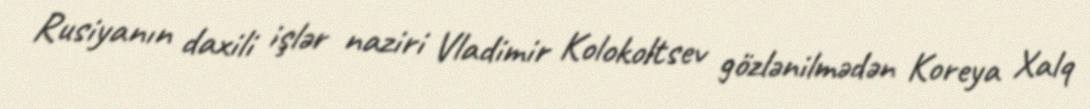
Rusiyanın daxili işlər naziri Vladimir Kolokoltsev gözlənilmədən Koreya Xalq